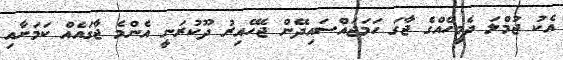
އެކު ޖުމްލަ ދެމީހެއްގެ ޖާގަ ހަމަޖައްސައިދޭން ޖެހޭއިރު ދޫކުރަނީ އެންމެ ޖާގައެއް ކަމަށާއި